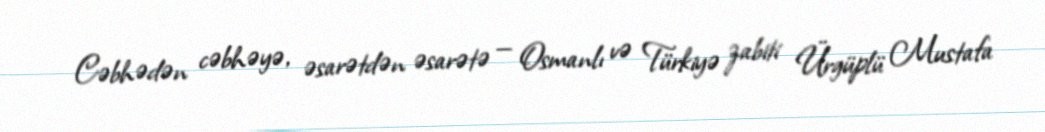
Cəbhədən cəbhəyə, əsarətdən əsarətə — Osmanlı və Türkiyə zabiti Ürgüplü Mustafa